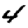
Digit: 4